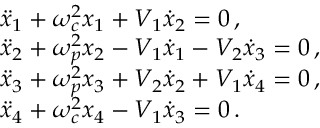
\begin{array} { r l } & { \ddot { x } _ { 1 } + \omega _ { c } ^ { 2 } x _ { 1 } + V _ { 1 } \dot { x } _ { 2 } = 0 \, , } \\ & { \ddot { x } _ { 2 } + \omega _ { p } ^ { 2 } x _ { 2 } - V _ { 1 } \dot { x } _ { 1 } - V _ { 2 } \dot { x } _ { 3 } = 0 \, , } \\ & { \ddot { x } _ { 3 } + \omega _ { p } ^ { 2 } x _ { 3 } + V _ { 2 } \dot { x } _ { 2 } + V _ { 1 } \dot { x } _ { 4 } = 0 \, , } \\ & { \ddot { x } _ { 4 } + \omega _ { c } ^ { 2 } x _ { 4 } - V _ { 1 } \dot { x } _ { 3 } = 0 \, . } \end{array}